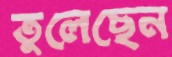
তুলেছেন